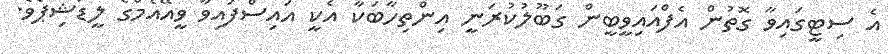
އެ ސިޓީގައިވާ ގޮތުން އެފްއައިވީބީން ގަބޫލުކުރަނީ އިންތިހާބަކާ އެކީ އައިސްފައިވާ ވީއޭއެމްގެ ލީޑަޝިޕެވެ.